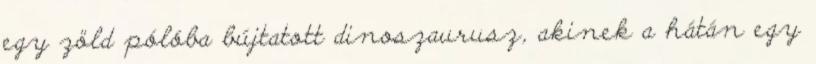
egy zöld pólóba bújtatott dinoszaurusz, akinek a hátán egy